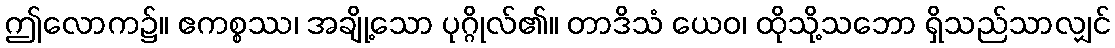
ဤလောက၌။ ဧကစ္စဿ၊ အချို့သော ပုဂ္ဂိုလ်၏။ တာဒိသံ ယေဝ၊ ထိုသို့သဘော ရှိသည်သာလျှင်